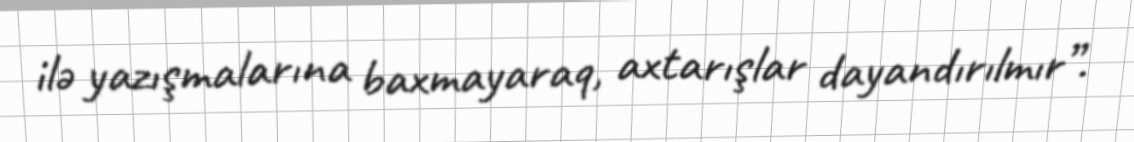
ilə yazışmalarına baxmayaraq, axtarışlar dayandırılmır”.